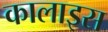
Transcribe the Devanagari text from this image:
कालाइस